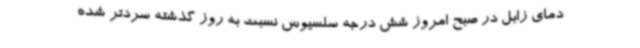
دمای زابل در صبح امروز شش درجه سلسیوس نسبت به روز گذشته سردتر شده